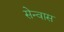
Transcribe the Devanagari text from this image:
सेन्वास